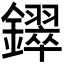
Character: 𫓚